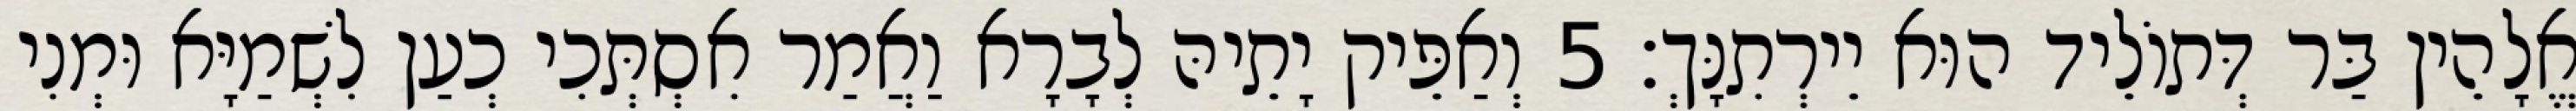
אֱלָהֵין בַּר דְּתוֹלֵיד הוּא יֵירְתִנָּךְ׃ 5 וְאַפֵּיק יָתֵיהּ לְבָרָא וַאֲמַר אִסְתְּכִי כְעַן לִשְׁמַיָּא וּמְנִי